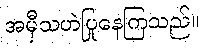
အမှီသဟဲပြုနေကြသည်။